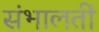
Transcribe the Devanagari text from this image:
संभालतीं